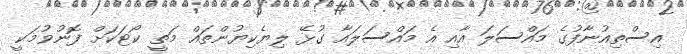
އިސްތިއުނާފުގެ މައްސަލަ އާއި އެ މައްސަލައާ ގުޅޭ ލިޔެކިޔުންތައް މަތީ ކޯޓަކަށް ފޮނުވުމަކީ